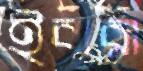
ইবারা